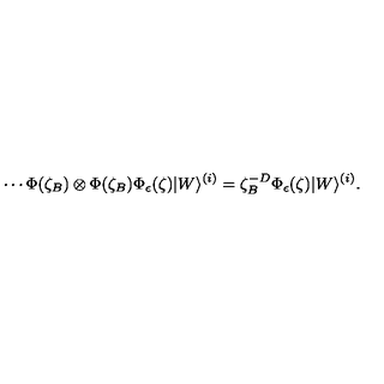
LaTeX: \cdots \Phi ( \zeta _ { B } ) \otimes \Phi ( \zeta _ { B } ) \Phi _ { \epsilon } ( \zeta ) | W \rangle ^ { ( i ) } = \zeta _ { B } ^ { - D } \Phi _ { \epsilon } ( \zeta ) | W \rangle ^ { ( i ) } .